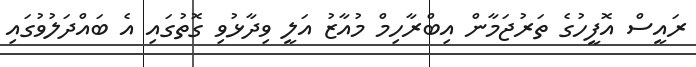
ރައީސް އޮފީހުގެ ތަރުޖަމާން އިބްރާހިމް މުއާޒު އަލީ ވިދާޅުވި ގޮތުގައި އެ ބައްދަލުވުުގައި